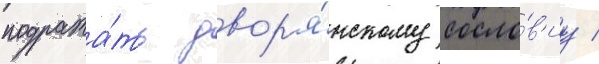
подража́ть двор'я́нскому сосло́в'иу /